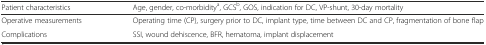
| Patient characteristics | Age, gender, co-morbiditya, GCSb, GOS, indication for DC, VP-shunt, 30-day mortality |
 | --- | --- |
 | Operative measurements | Operating time (CP), surgery prior to DC, implant type, time between DC and CP, fragmentation of bone flap |
 | Complications | SSI, wound dehiscence, BFR, hematoma, implant displacement |